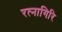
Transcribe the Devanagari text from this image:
रत्‍नागिरि